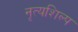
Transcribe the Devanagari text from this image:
नृत्यशिल्प